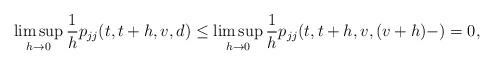
LaTeX: \begin{align*} \limsup_{h\to0} \frac{1}{h} p_{jj}(t,t+h,v,d) &\le \limsup_{h\to0} \frac{1}{h} p_{jj}(t,t+h,v,(v+h)-) = 0,\end{align*}